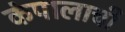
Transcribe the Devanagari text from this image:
कंपालाची